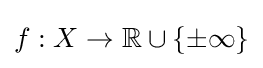
f:X\to \mathbb {R} \cup \{\pm \infty \}